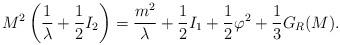
LaTeX: \begin{align*}M^{2}\left(\frac{1}{\lambda} + \frac{1}{2} I_{2}\right)=\frac{m^{2}}{\lambda} +\frac{1}{2}I_{1}+\frac{1}{2}\varphi^{2}+\frac{1}{3} G_{R}(M).\end{align*}